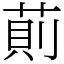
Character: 萴